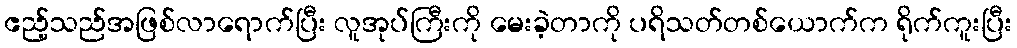
ဧည့်သည်အဖြစ်လာရောက်ပြီး လူအုပ်ကြီးကို မေးခဲ့တာကို ပရိသတ်တစ်ယောက်က ရိုက်ကူးပြီး